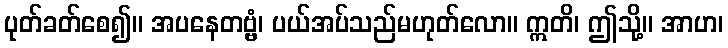
ပုတ်ခတ်စေ၍။ အပနေတဗ္ဗံ၊ ပယ်အပ်သည်မဟုတ်လော။ ဣတိ၊ ဤသို့။ အာဟ၊